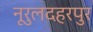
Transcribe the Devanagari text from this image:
नूरुलदहरपुर